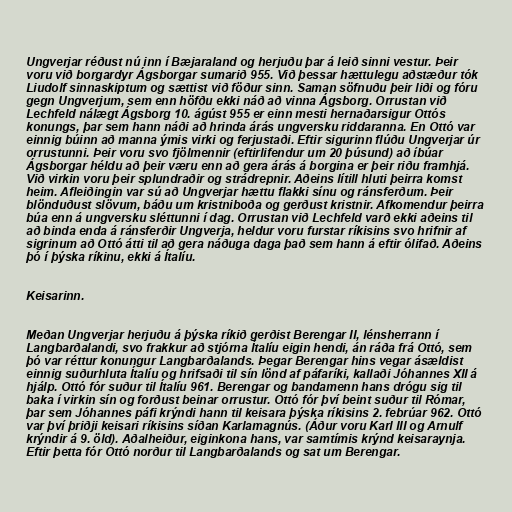
Ungverjar réðust nú inn í Bæjaraland og herjuðu þar á leið sinni vestur. Þeir
voru við borgardyr Ágsborgar sumarið 955. Við þessar hættulegu aðstæður tók
Liudolf sinnaskiptum og sættist við föður sinn. Saman söfnuðu þeir liði og fóru
gegn Ungverjum, sem enn höfðu ekki náð að vinna Ágsborg. Orrustan við
Lechfeld nálægt Ágsborg 10. ágúst 955 er einn mesti hernaðarsigur Ottós
konungs, þar sem hann náði að hrinda árás ungversku riddaranna. En Ottó var
einnig búinn að manna ýmis virki og ferjustaði. Eftir sigurinn flúðu Ungverjar úr
orrustunni. Þeir voru svo fjölmennir (eftirlifendur um 20 þúsund) að íbúar
Ágsborgar héldu að þeir væru enn að gera árás á borgina er þeir riðu framhjá.
Við virkin voru þeir splundraðir og strádrepnir. Aðeins lítill hluti þeirra komst
heim. Afleiðingin var sú að Ungverjar hættu flakki sínu og ránsferðum. Þeir
blönduðust slövum, báðu um kristniboða og gerðust kristnir. Afkomendur þeirra
búa enn á ungversku sléttunni í dag. Orrustan við Lechfeld varð ekki aðeins til
að binda enda á ránsferðir Ungverja, heldur voru furstar ríkisins svo hrifnir af
sigrinum að Ottó átti til að gera náðuga daga það sem hann á eftir ólifað. Aðeins
þó í þýska ríkinu, ekki á Ítalíu.

Keisarinn.

Meðan Ungverjar herjuðu á þýska ríkið gerðist Berengar II, lénsherrann í
Langbarðalandi, svo frakkur að stjórna Ítalíu eigin hendi, án ráða frá Ottó, sem
þó var réttur konungur Langbarðalands. Þegar Berengar hins vegar ásældist
einnig suðurhluta Ítalíu og hrifsaði til sín lönd af páfaríki, kallaði Jóhannes XII á
hjálp. Ottó fór suður til Ítalíu 961. Berengar og bandamenn hans drógu sig til
baka í virkin sín og forðust beinar orrustur. Ottó fór því beint suður til Rómar,
þar sem Jóhannes páfi krýndi hann til keisara þýska ríkisins 2. febrúar 962. Ottó
var því þriðji keisari ríkisins síðan Karlamagnús. (Áður voru Karl III og Arnulf
krýndir á 9. öld). Aðalheiður, eiginkona hans, var samtímis krýnd keisaraynja.
Eftir þetta fór Ottó norður til Langbarðalands og sat um Berengar.